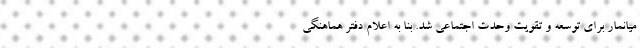
میانمار برای توسعه و تقویت وحدت اجتماعی شد. بنا به اعلام دفتر هماهنگی